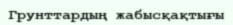
Грунттардың жабысқақтығы